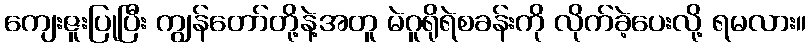
ကျေးဇူးပြုပြီး ကျွန်တော်တို့နဲ့အတူ မဲဂူရိုရဲစခန်းကို လိုက်ခဲ့ပေးလို့ ရမလား။